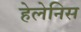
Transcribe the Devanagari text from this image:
हेलेनिस